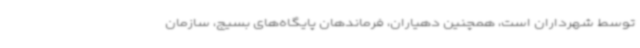
توسط شهرداران است، همچنین دهیاران، فرماندهان پایگاه‌های بسیج، سازمان